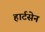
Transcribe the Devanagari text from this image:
हार्टसेन